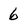
Character: 6